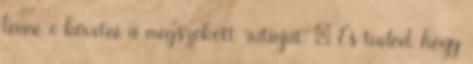
lenne-e követni a megszokott rutinját. – És tudod, hogy